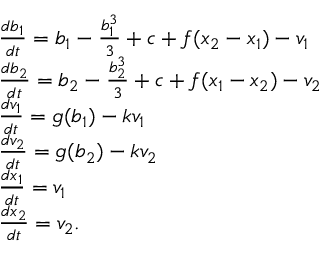
\begin{array} { r l } & { \frac { d b _ { 1 } } { d t } = b _ { 1 } - \frac { b _ { 1 } ^ { 3 } } { 3 } + c + f ( x _ { 2 } - x _ { 1 } ) - v _ { 1 } } \\ & { \frac { d b _ { 2 } } { d t } = b _ { 2 } - \frac { b _ { 2 } ^ { 3 } } { 3 } + c + f ( x _ { 1 } - x _ { 2 } ) - v _ { 2 } } \\ & { \frac { d v _ { 1 } } { d t } = g ( b _ { 1 } ) - k v _ { 1 } } \\ & { \frac { d v _ { 2 } } { d t } = g ( b _ { 2 } ) - k v _ { 2 } } \\ & { \frac { d x _ { 1 } } { d t } = v _ { 1 } } \\ & { \frac { d x _ { 2 } } { d t } = v _ { 2 } . } \end{array}